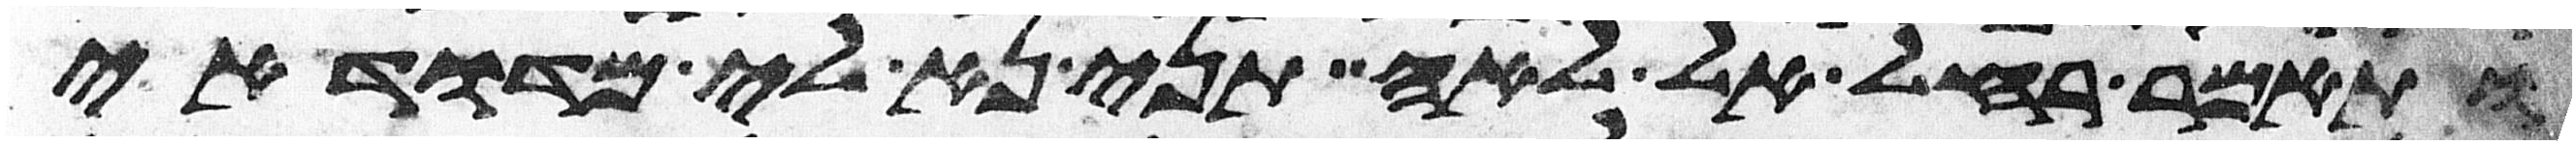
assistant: ותאמר רחל אל לאה תני נא לי מדודי